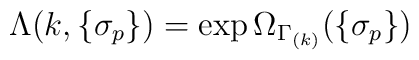
\Lambda(k,\{\sigma_p\})=\exp\Omega_{\Gamma_{(k)}}(\{\sigma_p\})